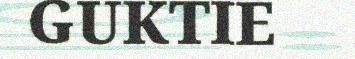
GUKTIE